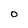
Character: O